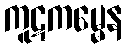
ကူဋကမ္မေန